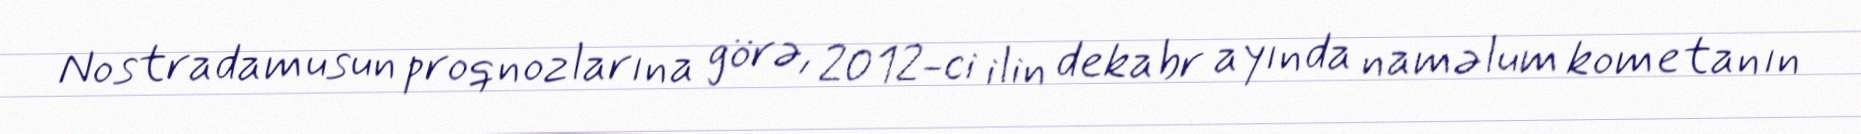
Nostradamusun proqnozlarına görə, 2012-ci ilin dekabr ayında naməlum kometanın